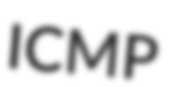
ICMP